Eesti_Rahvusfond, lk 70
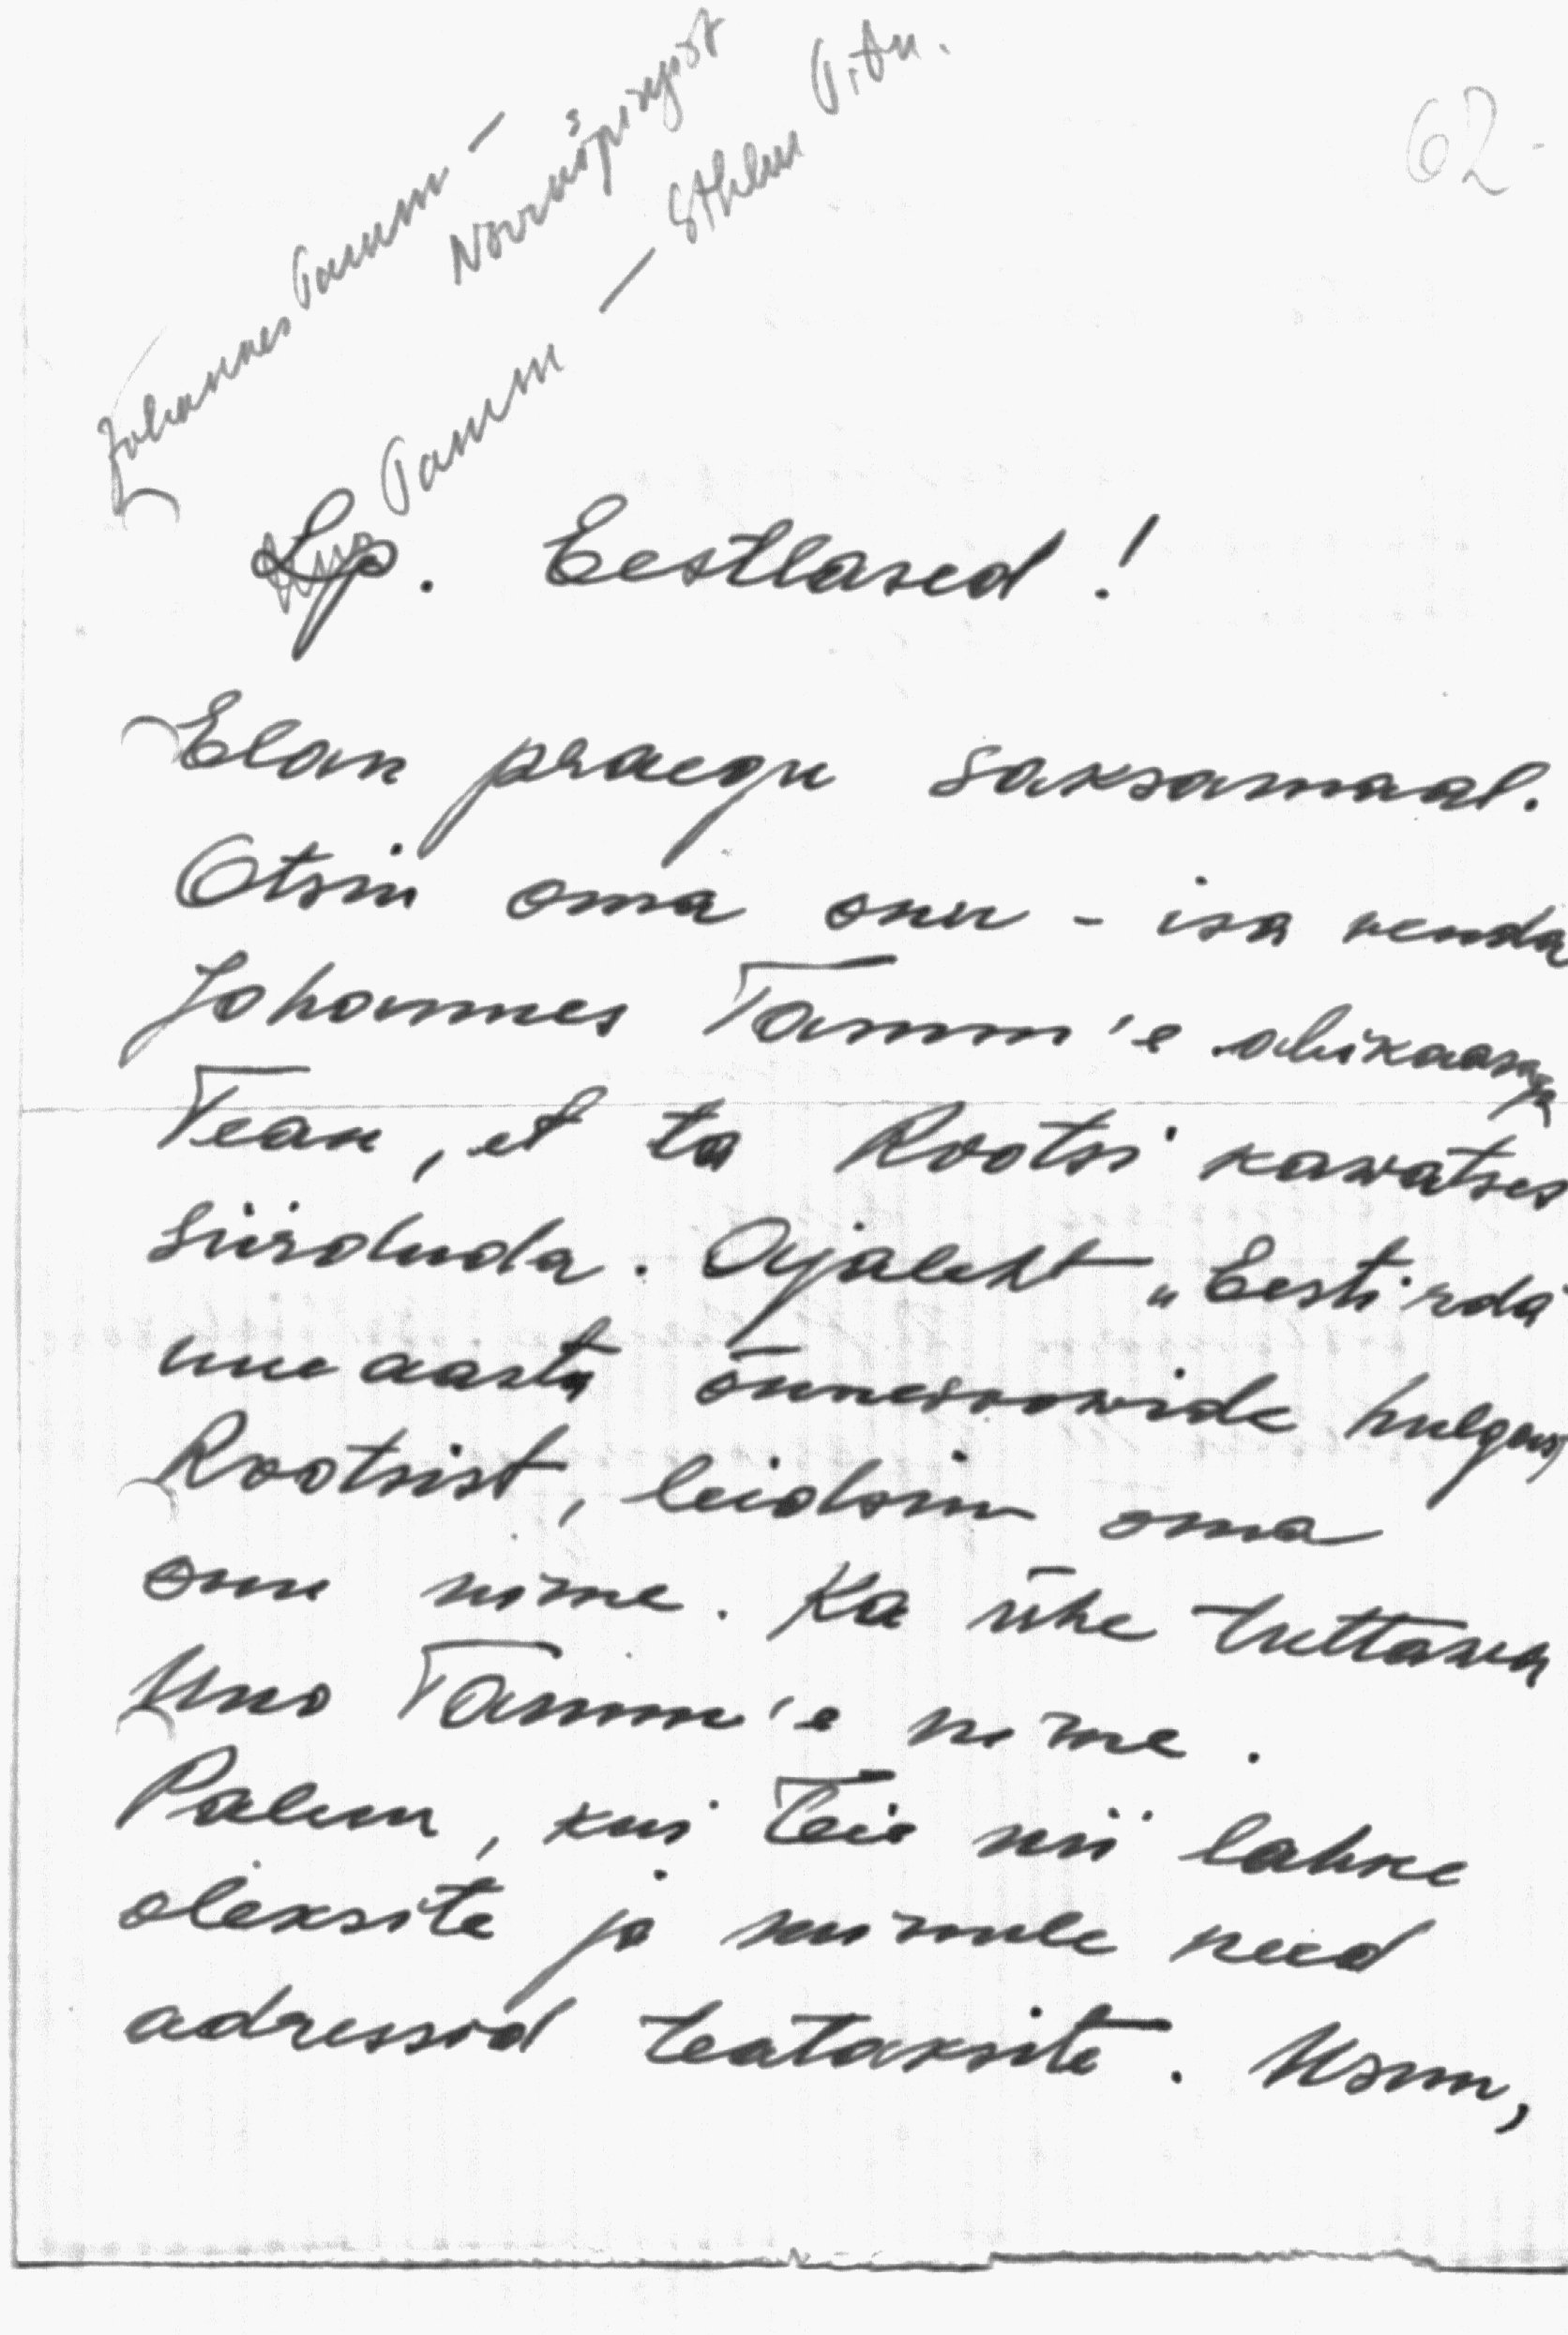
Johannes Tamm –
Norrkopingist
Uno Tamm – Sthlm Ordu
Lp. Eestlased!
Elan praegu Saksamaal.
Otsin oma onu - isa venda
Johannes Tamm'e abikaasaga
Tean, et ta Rootsi kawatses
siirduda. Ajaleht "Eesti rda"
uue aasta õnnesoowide hulgas,
Rootsist, leidsin oma
onu nime. Ka ühe tuttawa
Uno Tamm'e nime.
Palun, kui teie nii lahke
oleksite ja minule need
adressid teataksite. Usun,